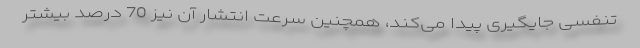
تنفسی جایگیری پیدا می‌کند، همچنین سرعت انتشار آن نیز 70 درصد بیشتر